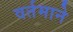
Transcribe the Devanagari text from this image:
वर्तमाने